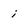
Character: i